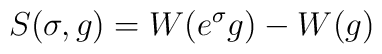
S(\sigma, g) =  W(e^{\sigma} g) - W(g)